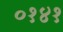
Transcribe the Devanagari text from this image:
०१४१